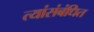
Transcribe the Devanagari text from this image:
त्यांसंबंधित